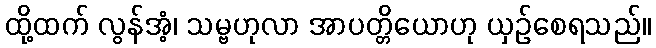
ထို့ထက် လွန်အံ့၊ သမ္ဗဟုလာ အာပတ္တိယောဟု ယှဉ်စေရသည်။